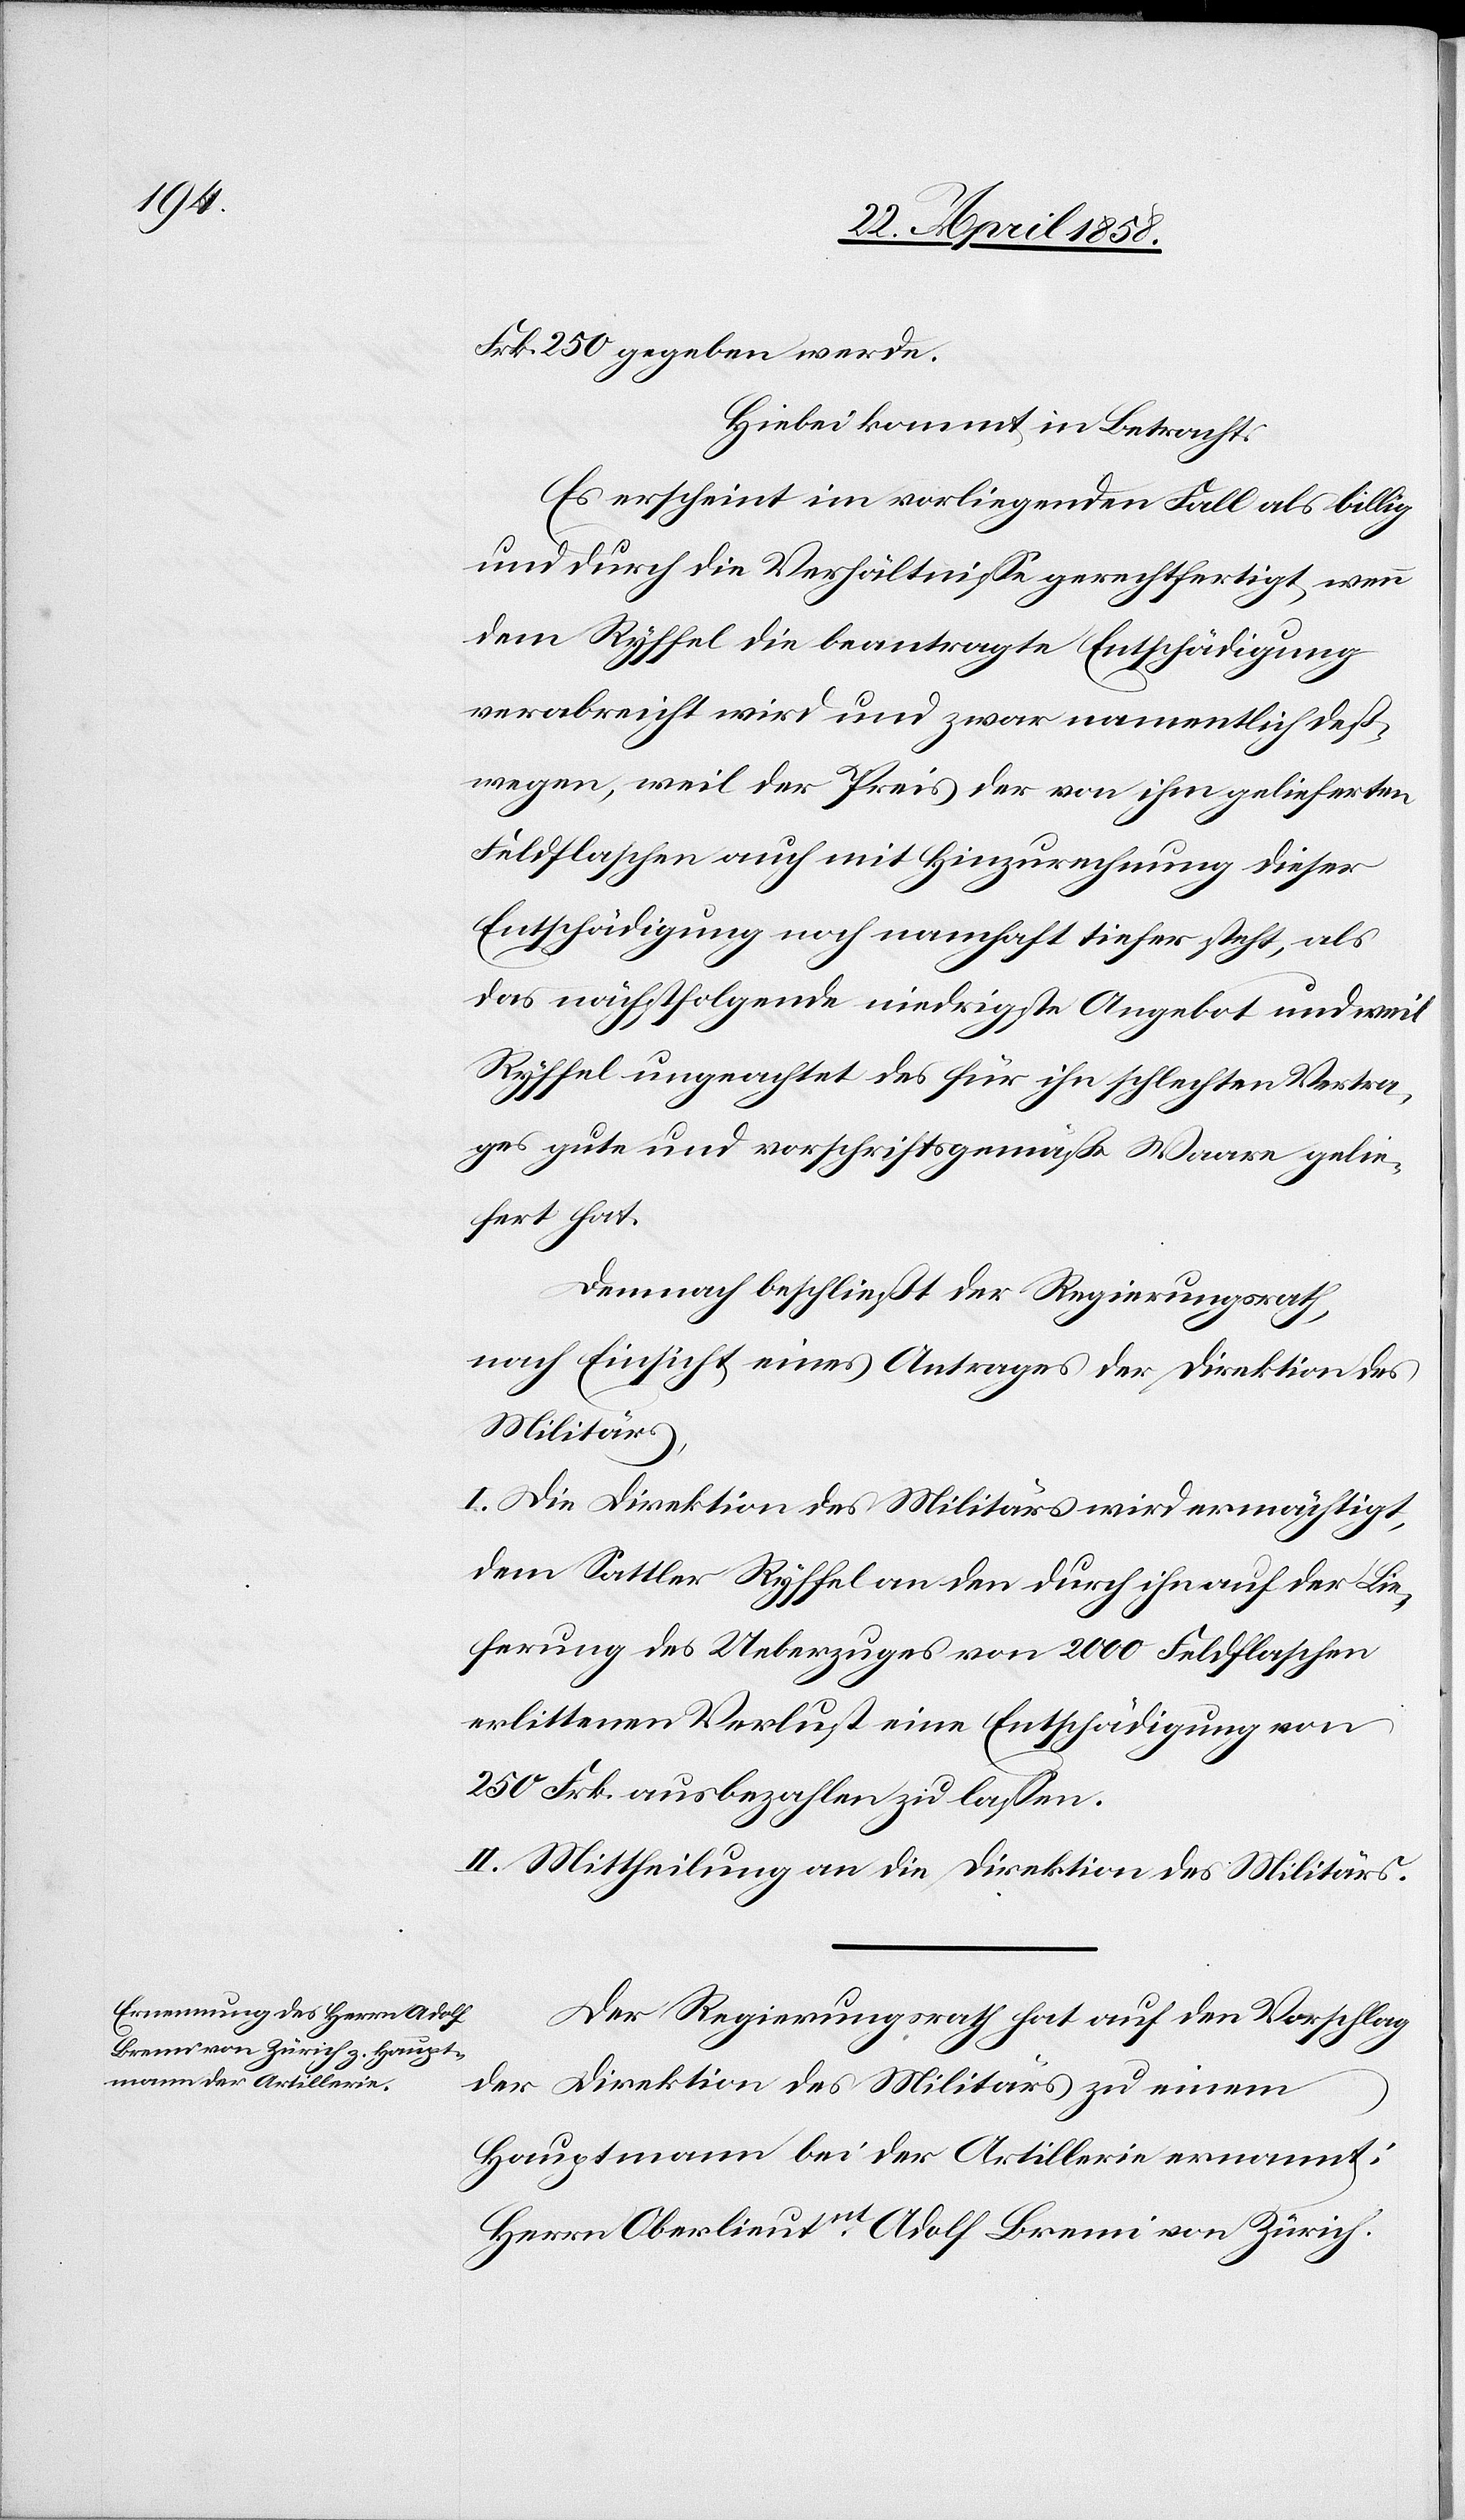
Frk. 250 gegeben werde.
Hiebei kommt in Betracht:
Es erscheint im vorliegenden Fall als billig
und durch die Verhältnisse gerechtfertigt, wenn
dem Ryffel die beantragte Entschädigung
verabreicht wird und zwar namentlich deß¬
wegen, weil der Preis der von ihm gelieferten
Feldflaschen auch mit Hinzurechnung dieser
Entschädigung noch namhaft tiefer steht, als
das nächstfolgende niedrigste Angebot und weil
Ryffel ungeachtet des für ihn schlechten Vertra¬
ges gute und vorschriftsgemäße Waare gelie¬
fert hat.
Demnach beschließt der Regierungsrath,
nach Einsicht eines Antrages der Direktion des
Militärs,
I. Die Direktion des Militärs wird ermächtigt,
dem Sattler Ryffel an den durch ihn auf der Lie¬
ferung des Ueberzuges von 2000 Feldflachen
erlittenen Verlust eine Entschädigung von
250 Frk. ausbezahlen zu lassen.
II. Mittheilung an die Direktion des Militärs.
Der Regierungsrath hat auf den Vorschlag
der Direktion des Militärs zu einem
Hauptmann bei der Artillerie ernannt:
Herr Oberlieutnt Adolf Brenni von Zürich.